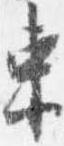
束